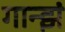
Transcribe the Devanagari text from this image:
गान्झं